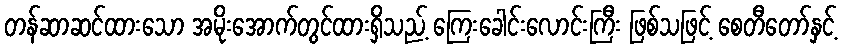
တန်ဆာဆင်ထားသော အမိုးအောက်တွင်ထားရှိသည့် ကြေးခေါင်းလောင်းကြီး ဖြစ်သဖြင့် စေတီတော်နှင့်